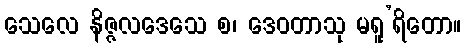
သေလေ နိဇ္ဇလဒေသေ စ၊ ဒေဝတာသု မရူ’ရိတော။